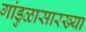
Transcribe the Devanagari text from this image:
गांडुळासारख्या